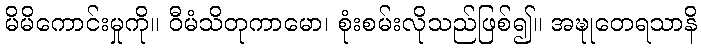
မိမိကောင်းမှုကို။ ဝီမံသိတုကာမော၊ စုံးစမ်းလိုသည်ဖြစ်၍။ အဍ္ဎုတေရသာနိ